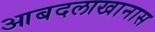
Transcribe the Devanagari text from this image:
आबदलाखानास